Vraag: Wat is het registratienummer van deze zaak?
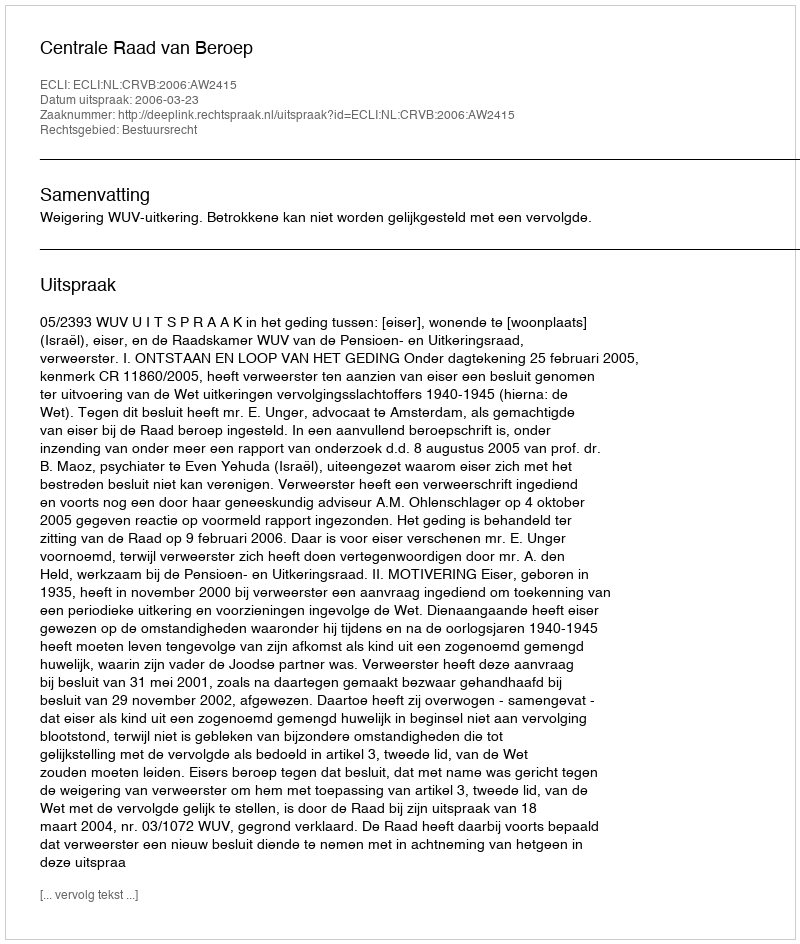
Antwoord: http://deeplink.rechtspraak.nl/uitspraak?id=ECLI:NL:CRVB:2006:AW2415